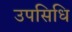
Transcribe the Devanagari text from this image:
उपसिधि